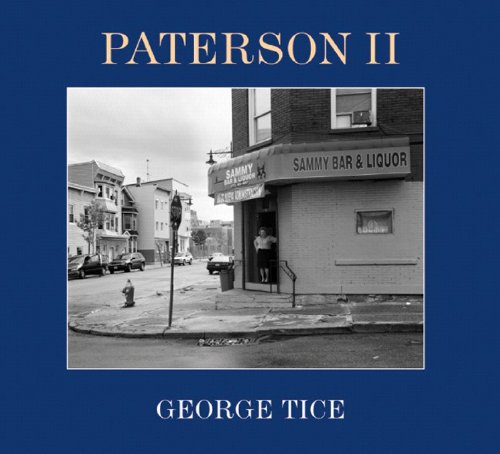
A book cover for Paterson II; George Tice; Travel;